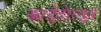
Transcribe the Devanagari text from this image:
कार्डहोल्डर